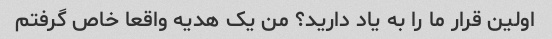
اولین قرار ما را به یاد دارید؟ من یک هدیه واقعا خاص گرفتم